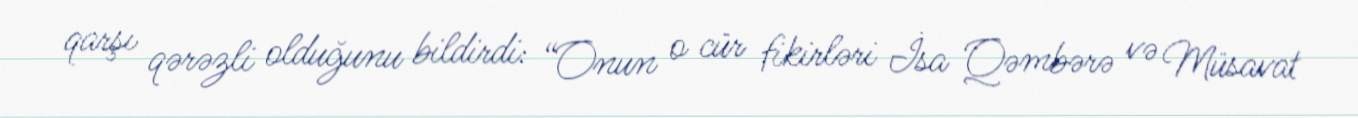
qarşı qərəzli olduğunu bildirdi: “Onun o cür fikirləri İsa Qəmbərə və Müsavat